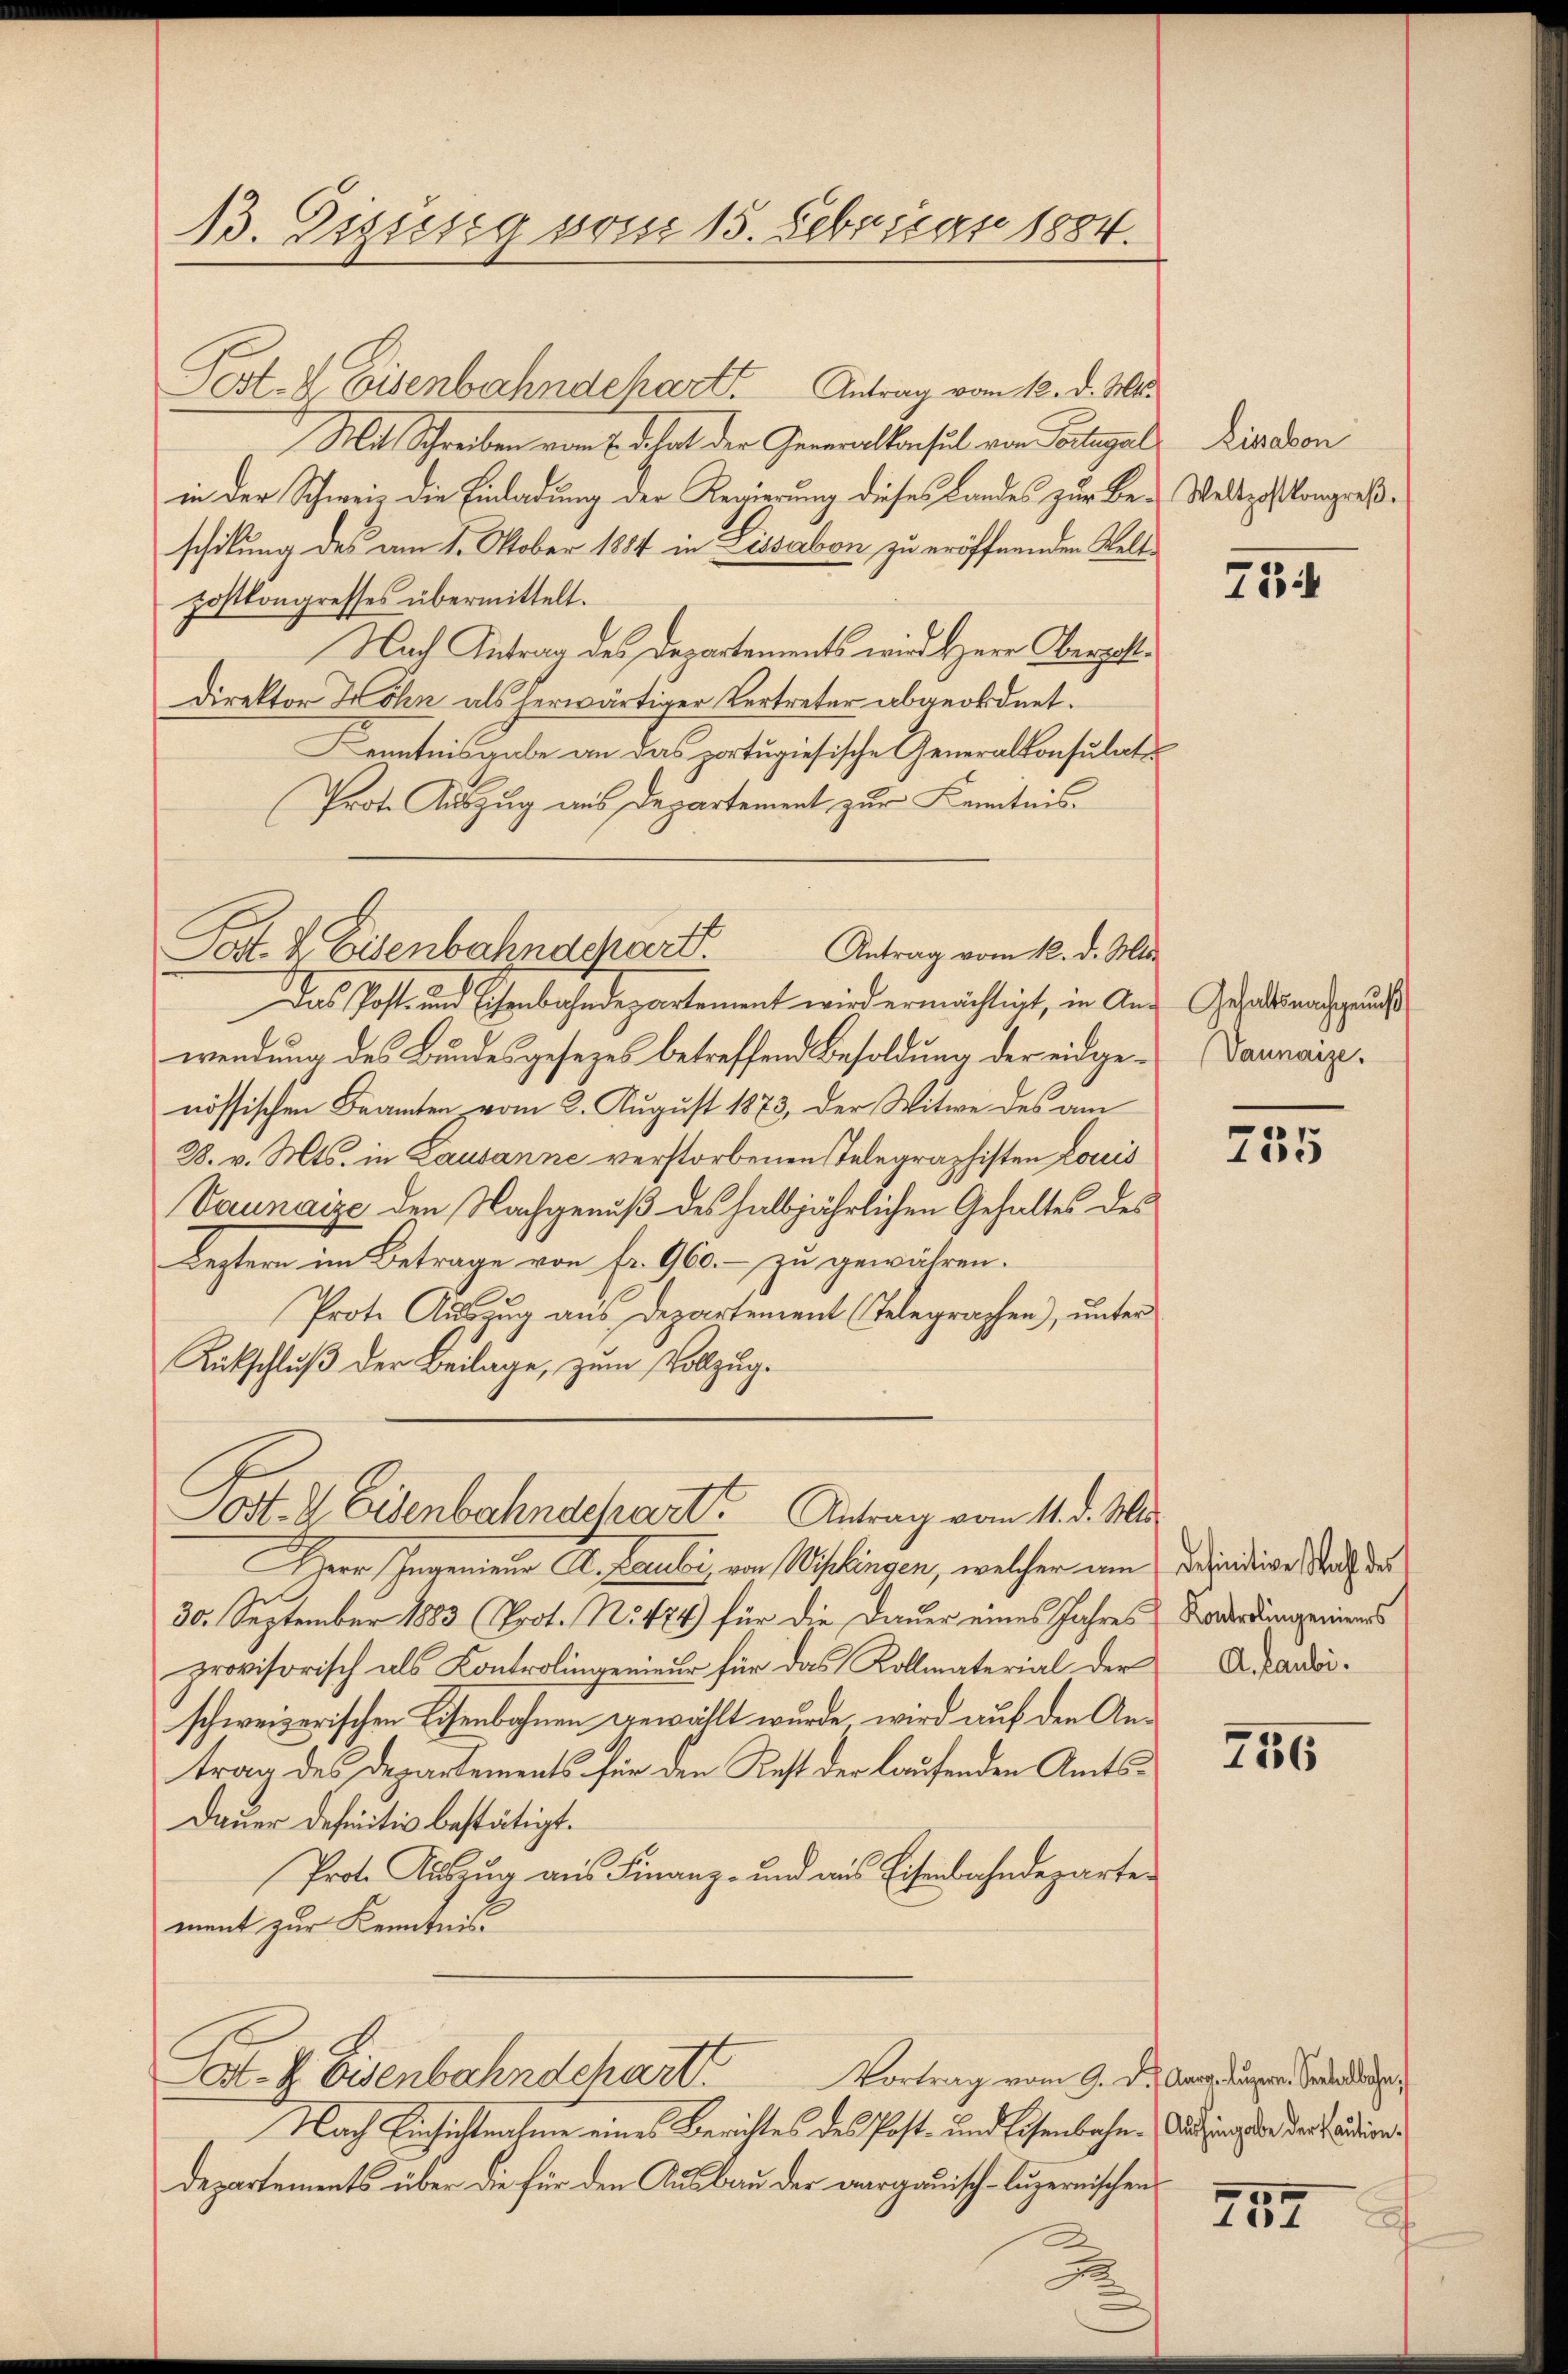
13. Eizung vom 15. Februar 1884.

Pest. Z. Eisenbahndchart. Antrag vom 12. d. M.
Mit Schreiben von E. di hat der Generalkonsul von Portugal
in der Schweiz die Einladung der Regierung dieses Landes zur Be-Weltzossongreßschilung des am 1. Oktober 1884 in Lissabon zu eröffnenden Weltzostkongresses übermittelt.
Nach Antrag des Departements wird Herr Oberzahl¬
Direktor Wohn als herwärtiger Vertreter abgeordnet.
Kenntnisgabe an das portugisische Generalkonsulate
Prote Auszug aus Departement zur Kenntnis.
Das Post- und Eisenbahndepartement wird ermächtigt, in Anwendung des Bundesgesezes betreffend Besoldung der eidgenössischen Beamten, vom 2. August 1873, der Witwe des am
28. v. Mts. in Lausanne verstorbenen Telegraphisten Louis
Vaunaize den Nachgenuß des halbjährlichen Gehaltes des
Leztern im Betrage von fr. 960.- zu gewähren.
Prote Auszug aus Departement (Telegraphen), unter
Rückschluß der Beilage, zum Vollzug.
Post- & Eisenbahndchart. Antrag vom 11. d. Mis
Herr Ingenieur St. Lauber, von Wislingen, welcher um Dependigen auch der
30. September 1883 (Poot. No 474) für die Dauer eines Jahres
provisorisch als Kontrolingenieur für das Kollmaterial der
schweizerischen Eisenbahnen gewählt wurde, wird auf den Antrag des Departements für den Rest der laufenden Amts¬
Dauer definitiv bestätigt.
Prote Auszug aus Finanz- und aus Eisenbahndepartement zur Kenntnis
Cat. H. Eisenbahndchart. Vortrag vom 9. d.
Nach Einsichtnahme eines Berichtes des Post- und Eisenbahn-Sitzung der der Baudiens
departements über die für den Ausbau der aargauisch-luzernischen

Pat- & Eisenbahndepart
Antrag vom 12. d. Mts.

Lisabon

754

Gehaltsnachgenuß
Vaunaize.

.
10.

Kontrolingenieurs
A. Laubi

256

757